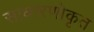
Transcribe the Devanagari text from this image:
साधारणोकृत